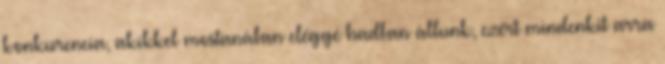
konkurencia, akikkel mostanában eléggé hadban állunk, ezért mindenkit arra